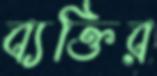
ব্যক্তির